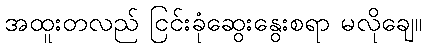
အထူးတလည် ငြင်းခုံဆွေးနွေးစရာ မလိုချေ။